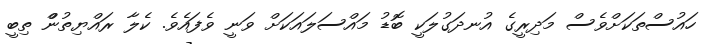
ހައުސްތަކަށްވެެސް މަދިރީގެ އުނދަގުލަކީ ބޮޑު މައްސަލައަކަށް ވަނީ ވެފައެވެެ. ކެލާ ރައްޔިތުންް ތިބީ